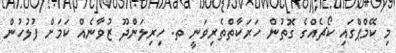
މި ކޭމްޕްގައި ކޯޗެއްގެ ގޮތުން ހަރަކާތްތެރިވަނީ ތ. ހިރިލަންދޫ ޒުވާނެއް ކަމަށް ފުލުހުން